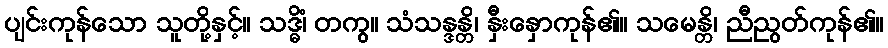
ပျင်းကုန်သော သူတို့နှင့်။ သဒ္ဓိံ၊ တကွ။ သံသန္ဒန္တိ၊ နှီးနှောကုန်၏။ သမေန္တိ၊ ညီညွတ်ကုန်၏။